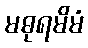
မဓုရမိမံ